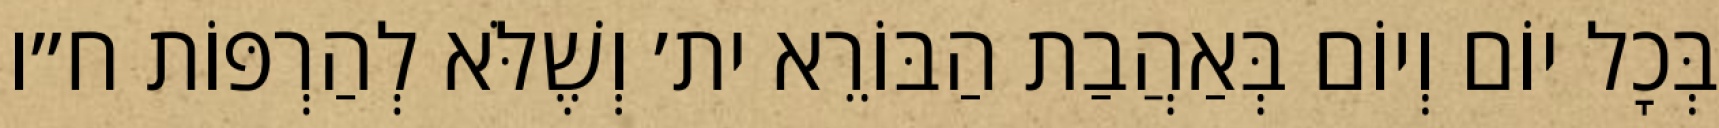
בְּכׇל יוֹם וְיוֹם בְּאַהֲבַת הַבּוֹרֵא ית׳ וְשֶׁלֹּא לְהַרְפּוֹת ח״ו